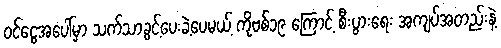
ဝင်ငွေအပေါ်မှာ သက်သာခွင့်ပေးခဲ့ပေမယ့် ကိုဗစ်၁၉ ကြောင့် စီးပွားရေး အကျပ်အတည်းနဲ့